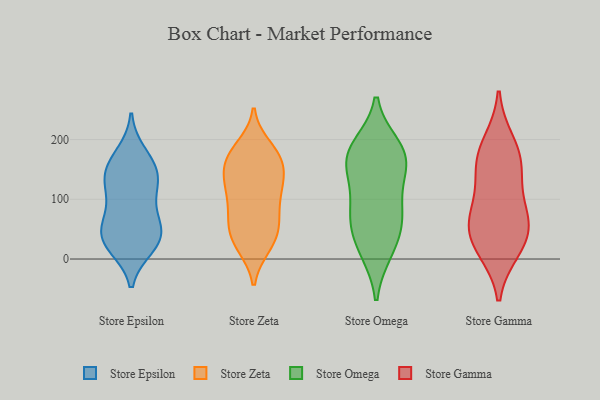
{"axis": {"x": "Revenue (USD Million)", "y": "Value"}, "legend": ["Store Epsilon", "Store Gamma", "Store Omega", "Store Zeta"], "data": [{"x": "", "y": 21, "type": "Store Epsilon"}, {"x": "", "y": 139, "type": "Store Epsilon"}, {"x": "", "y": 81, "type": "Store Epsilon"}, {"x": "", "y": 22, "type": "Store Epsilon"}, {"x": "", "y": 134, "type": "Store Epsilon"}, {"x": "", "y": 67, "type": "Store Epsilon"}, {"x": "", "y": 47, "type": "Store Epsilon"}, {"x": "", "y": 42, "type": "Store Epsilon"}, {"x": "", "y": 176, "type": "Store Epsilon"}, {"x": "", "y": 123, "type": "Store Epsilon"}, {"x": "", "y": 30, "type": "Store Epsilon"}, {"x": "", "y": 154, "type": "Store Epsilon"}, {"x": "", "y": 42, "type": "Store Epsilon"}, {"x": "", "y": 159, "type": "Store Epsilon"}, {"x": "", "y": 111, "type": "Store Epsilon"}, {"x": "", "y": 164, "type": "Store Zeta"}, {"x": "", "y": 51, "type": "Store Zeta"}, {"x": "", "y": 43, "type": "Store Zeta"}, {"x": "", "y": 171, "type": "Store Zeta"}, {"x": "", "y": 170, "type": "Store Zeta"}, {"x": "", "y": 135, "type": "Store Zeta"}, {"x": "", "y": 178, "type": "Store Zeta"}, {"x": "", "y": 124, "type": "Store Zeta"}, {"x": "", "y": 22, "type": "Store Zeta"}, {"x": "", "y": 100, "type": "Store Zeta"}, {"x": "", "y": 26, "type": "Store Zeta"}, {"x": "", "y": 74, "type": "Store Zeta"}, {"x": "", "y": 160, "type": "Store Zeta"}, {"x": "", "y": 136, "type": "Store Zeta"}, {"x": "", "y": 67, "type": "Store Zeta"}, {"x": "", "y": 113, "type": "Store Zeta"}, {"x": "", "y": 187, "type": "Store Zeta"}, {"x": "", "y": 70, "type": "Store Zeta"}, {"x": "", "y": 119, "type": "Store Zeta"}, {"x": "", "y": 25, "type": "Store Zeta"}, {"x": "", "y": 153, "type": "Store Omega"}, {"x": "", "y": 90, "type": "Store Omega"}, {"x": "", "y": 18, "type": "Store Omega"}, {"x": "", "y": 54, "type": "Store Omega"}, {"x": "", "y": 178, "type": "Store Omega"}, {"x": "", "y": 71, "type": "Store Omega"}, {"x": "", "y": 169, "type": "Store Omega"}, {"x": "", "y": 139, "type": "Store Omega"}, {"x": "", "y": 176, "type": "Store Omega"}, {"x": "", "y": 188, "type": "Store Omega"}, {"x": "", "y": 76, "type": "Store Omega"}, {"x": "", "y": 14, "type": "Store Omega"}, {"x": "", "y": 142, "type": "Store Gamma"}, {"x": "", "y": 37, "type": "Store Gamma"}, {"x": "", "y": 79, "type": "Store Gamma"}, {"x": "", "y": 72, "type": "Store Gamma"}, {"x": "", "y": 172, "type": "Store Gamma"}, {"x": "", "y": 66, "type": "Store Gamma"}, {"x": "", "y": 155, "type": "Store Gamma"}, {"x": "", "y": 17, "type": "Store Gamma"}, {"x": "", "y": 194, "type": "Store Gamma"}, {"x": "", "y": 25, "type": "Store Gamma"}]}